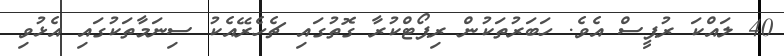
40 ލައްކަ ރުޕީސް އެވެ. ހަބަރުތަކުން ރިޕޯޓްކުރާ ގޮތުގައި ޗެހެރޭއެކު ސިނަމާތަކުގައި އެޅުވި